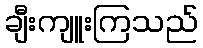
ချီးကျူးကြသည်